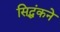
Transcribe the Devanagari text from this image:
सिद्धंकने